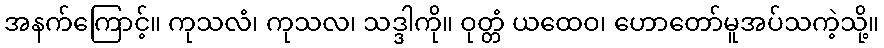
အနက်ကြောင့်။ ကုသလံ၊ ကုသလ၊ သဒ္ဒါကို။ ဝုတ္တံ ယထေဝ၊ ဟောတော်မူအပ်သကဲ့သို့။